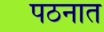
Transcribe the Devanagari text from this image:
पठनात